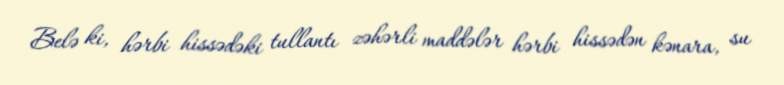
Belə ki, hərbi hissədəki tullantı zəhərli maddələr hərbi hissədən kənara, su